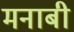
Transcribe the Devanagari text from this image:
मनाबी